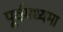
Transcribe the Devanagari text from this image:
पूर्वमध्यमा